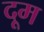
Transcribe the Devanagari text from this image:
दूूम